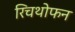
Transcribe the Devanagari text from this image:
रिचथोफन